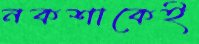
নকশাকেই